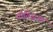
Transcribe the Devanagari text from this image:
प्रोविज़नर